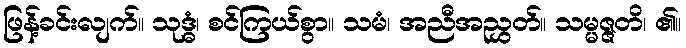
ဖြန့်ခင်းလျက်။ သုဒ္ဓံ၊ စင်ကြယ်စွာ။ သမံ၊ အညီအညွှတ်။ သမ္မဇ္ဇတိ၊ ၏။